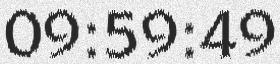
09:59:49